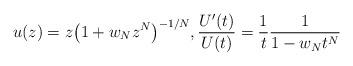
LaTeX: \begin{gather*}u(z)=z\big(1+w_Nz^N\big)^{-1/N},\frac {U'(t)}{U(t)}=\frac1{t}\frac1{1-w_N t^N}\end{gather*}